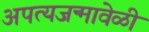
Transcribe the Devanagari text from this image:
अपत्यजन्मावेळी